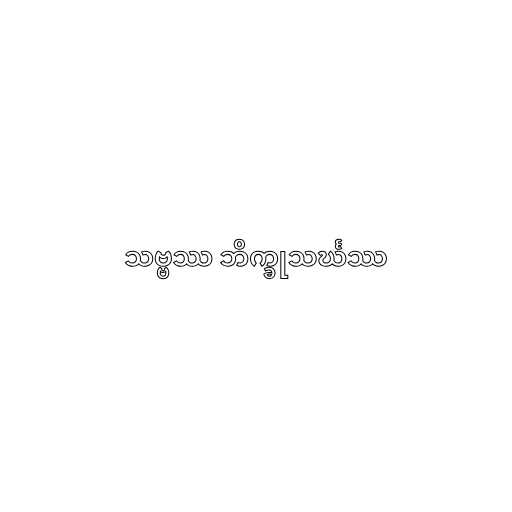
သဗ္ဗဿ ဘိက္ခုသင်္ဃဿ